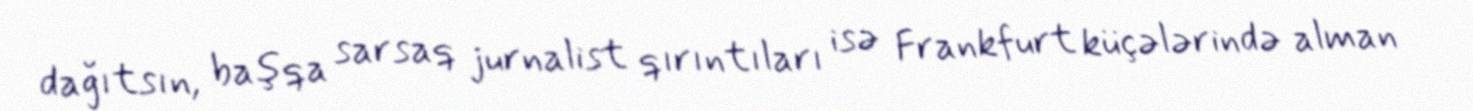
dağıtsın, başqa sarsaq jurnalist qırıntıları isə Frankfurt küçələrində alman